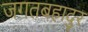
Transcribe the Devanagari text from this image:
जगतबहादुर